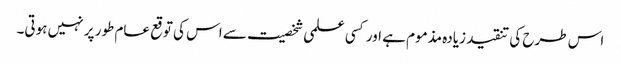
اس طرح کی تنقید زیادہ مذموم ہے اور کسی علمی شخصیت سے اس کی توقع عام طور پر نہیں ہوتی۔